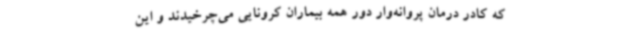
که کادر درمان پروانه‌وار دور همه بیماران کرونایی می‌چرخیدند و این